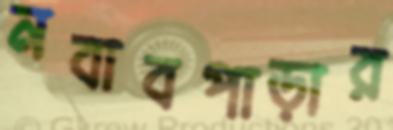
নবাবপাড়ার